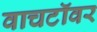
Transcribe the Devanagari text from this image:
वाचटॉवर